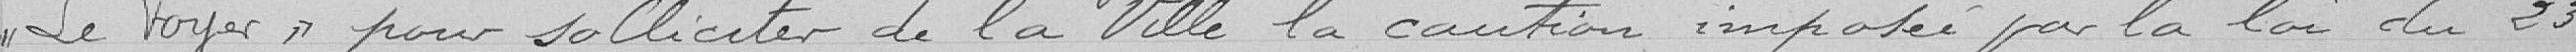
"Le FOYER" pour solliciter de la Ville la caution imposée par la loi du 23